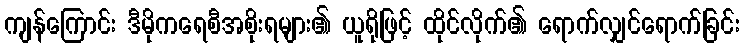
ကျန်ကြောင်း ဒီမိုကရေစီအစိုးရများ၏ ယူရိုဖြင့် ထိုင်လိုက်၏ ရောက်လျှင်ရောက်ခြင်း